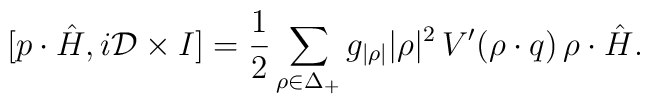
[p\cdot\hat{H},i{\cal D}\times I]={1\over2}\sum_{\rho\in\Delta_+}   {g_{|\rho|}|\rho|^{2}}   \,V^\prime(\rho\cdot q)\,\rho\cdot\hat{H}.